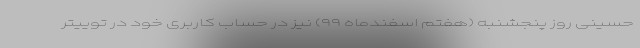
حسینی روز پنجشنبه (هفتم اسفندماه ۹۹) نیز در حساب کاربری خود در توییتر